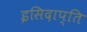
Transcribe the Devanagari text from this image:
इसिदाप्ति